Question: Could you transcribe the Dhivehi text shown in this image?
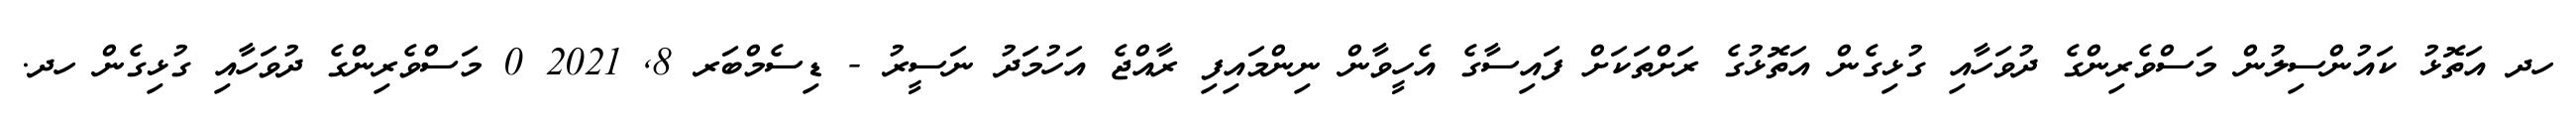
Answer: ހދ އަތޮޅު ކައުންސިލުން މަސްވެރިންގެ ދުވަހާއި ގުޅިގެން އަތޮޅުގެ ރަށްތަކަށް ފައިސާގެ އެހީވާން ނިންމައިފި ރާއްޖެ އަހުމަދު ނަސީރު - ޑިސެމްބަރ 8, 2021 0 މަސްވެރިންގެ ދުވަހާއި ގުޅިގެން ހދ.